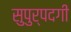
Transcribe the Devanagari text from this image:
सुपुर्पदगी